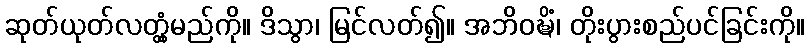
ဆုတ်ယုတ်လတ္တံ့မည်ကို။ ဒိသွာ၊ မြင်လတ်၍။ အဘိဝဍ္ဎိံ၊ တိုးပွားစည်ပင်ခြင်းကို။